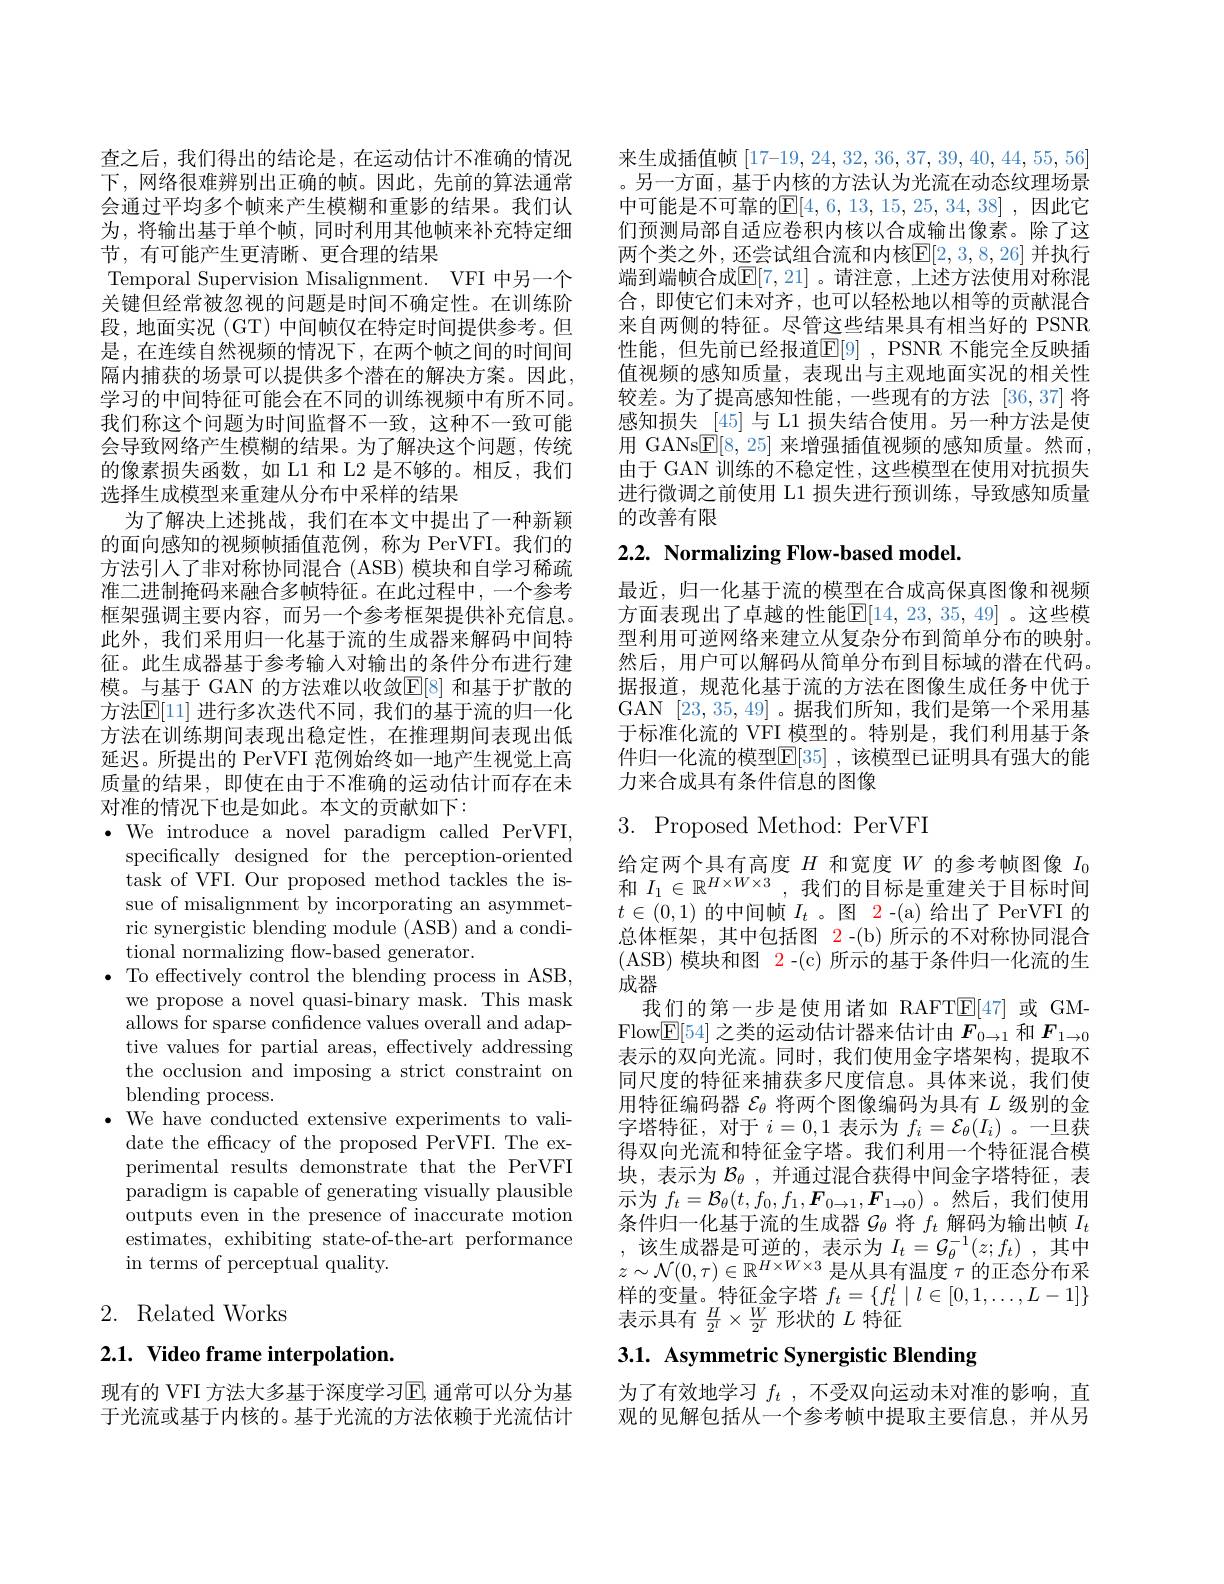
查之后，我们得出的结论是，在运动估计不准确的情况下，网络很难辨别出正确的帧。因此，先前的算法通常会通过平均多个帧来产生模糊和重影的结果。我们认为，将输出基于单个帧，同时利用其他帧来补充特定细节，有可能产生更清晰、更合理的结果
Temporal Supervision Misalignment. VFI 中另一个关键但经常被忽视的问题是时间不确定性。在训练阶段，地面实况(GT)中间帧仅在特定时间提供参考。但是，在连续自然视频的情况下，在两个帧之间的时间间隔内捕获的场景可以提供多个潜在的解决方案。因此， 学习的中间特征可能会在不同的训练视频中有所不同。我们称这个问题为时间监督不一致，这种不一致可能会导致网络产生模糊的结果。为了解决这个问题，传统的像素损失函数，如 L1 和 L2 是不够的。相反，我们选择生成模型来重建从分布中采样的结果
为了解决上述挑战，我们在本文中提出了一种新颖的面向感知的视频帧插值范例，称为 PerVFI。我们的方法引人了非对称协同混合 (ASB) 模块和自学习稀疏准二进制掩码来融合多帧特征。在此过程中，一个参考框架强调主要内容，而另一个参考框架提供补充信息。此外，我们采用归一化基于流的生成器来解码中间特征。此生成器基于参考输入对输出的条件分布进行建模。与基于 GAN 的方法难以收敛$\mathbb{E}[8]$ 和基于扩散的方法$\mathbb{E}[11]$ 进行多次迭代不同，我们的基于流的归一化方法在训练期间表现出稳定性，在推理期间表现出低延迟。所提出的 PerVFI 范例始终如一地产生视觉上高质量的结果，即使在由于不准确的运动估计而存在未对准的情况下也是如此。本文的贡献如下：
$\cdot$ We introduce a novel paradigm called PerVFI,
specifically designed for the perception-oriented task of VFI. Our proposed method tackles the issue of misalignment by incorporating an asymmetric synergistic blending module (ASB) and a conditional normalizing flow-based generator.
$\bullet$ To effectively control the blending process in ASB,
we propose a novel quasi-binary mask. This mask allows for sparse confidence values overall and adaptive values for partial areas, effectively addressing the occlusion and imposing a strict constraint on blending process.
$\bullet$ We have conducted extensive experiments to vali-
date the efficacy of the proposed PerVFI. The experimental results demonstrate that the PerVFI paradigm is capable of generating visually plausible outputs even in the presence of inaccurate motion estimates, exhibiting state-of-the-art performance in terms of perceptual quality.

# 2. Related Works

2.1. Video frame interpolation.

现有的 VFI 方法大多基于深度学习$\mathbb{E}$, 通常可以分为基于光流或基于内核的。基于光流的方法依赖于光流估计

来生成插值帧[17-19,24,32,36,37,39,40,44,55,56] 。另一方面，基于内核的方法认为光流在动态纹理场景中可能是不可靠的$\mathbb{E}[4,6,13,15,25,34,38]$ ,因此它们预测局部自适应卷积内核以合成输出像素。除了这两个类之外，还尝试组合流和内核$\mathbb{E}[2,3,8,26]$ 并执行端到端帧合成$\mathsf{E}[7,21]$。请注意，上述方法使用对称混合，即使它们未对齐，也可以轻松地以相等的贡献混合来自两侧的特征。尽管这些结果具有相当好的 PSNR 性能，但先前已经报道$\mathbb{E}[9]$,PSNR 不能完全反映插值视频的感知质量，表现出与主观地面实况的相关性较差。为了提高感知性能，一些现有的方法 [36,37] 将感知损失[45]与 L1 损失结合使用。另一种方法是使用 GANs$\boxed{\mathrm{E}}[8,25]$ 来增强插值视频的感知质量。然而， 由于 GAN 训练的不稳定性，这些模型在使用对抗损失进行微调之前使用 L1 损失进行预训练，导致感知质量的改善有限

# 2.2. Normalizing Flow-based model.

最近，归一化基于流的模型在合成高保真图像和视频方面表现出了卓越的性能E[14,23,35,49]。这些模型利用可逆网络来建立从复杂分布到简单分布的映射。然后，用户可以解码从简单分布到目标域的潜在代码。据报道，规范化基于流的方法在图像生成任务中优于GAN [23,35,49] 。据我们所知 ,我们是第一个采用基于标准化流的 VFI 模型的。特别是，我们利用基于条件归一化流的模型E[35],该模型已证明具有强大的能力来合成具有条件信息的图像

3. Proposed Method: PerVFI

给定两个具有高度$H$和宽度$W$的参考帧图像$I_{0}$ 和$I_1\in\mathbb{R}^{H\times W\times3}$,我们的目标是重建关于目标时间$t\in(0,1)$的中间帧$I_t$ 。图 2-(a)给出了 PerVFI 的总体框架，其中包括图 2-(b) 所示的不对称协同混合(ASB)模块和图$\begin{array}{c}2-(\mathrm{c})\end{array}$所示的基于条件归一化流的生成器
我们的第一步是使用诸如 RAFT$\mathbb{E}[47]$或 GMFlow$\mathbb{E}[54]$之类的运动估计器来估计由$F_0\to1$和$F_{1\to0}$ 表示的双向光流。同时，我们使用金字塔架构，提取不同尺度的特征来捕获多尺度信息。具体来说，我们使用特征编码器$\mathcal{E}_\theta$将两个图像编码为具有$L$级别的金字塔特征，对于$i=0,1$表示为$f_i=\mathcal{E}_\theta(I_i)$ 。一旦获得双向光流和特征金字塔。我们利用一个特征混合模块，表示为$\mathcal{B} _\theta$ , 并通过混合获得中间金字塔特征，表示为$f_{t}=\mathcal{B}_{\theta}(t,f_{0},f_{1},\boldsymbol{F}_{0\to1},\boldsymbol{F}_{1\to0})$。然后，我们使用条件归一化基于流的生成器$\mathcal{G}_\theta$将$f_t$解码为输出帧$I_t$ ,该生成器是可逆的，表示为$I_t=\mathcal{G}_\theta^-1(z;f_t)$,其中$z\sim\mathcal{N}(0,\tau)\in\mathbb{R}^{H\times W\times3}$ 是从具有温度$\tau$ 的正态分布采样的变量。特征金字塔$f_t=\{f_t^l\mid l\in[0,1,\ldots,L-1]\}$ 表示具有$\frac H{2^l}\times\frac W{2^l}$形状的$L$特征

# 3.1. Asymmetric Synergistic Blending

为了有效地学习$f_t$ , 不受双向运动未对准的影响，直观的见解包括从一个参考帧中提取主要信息，并从另